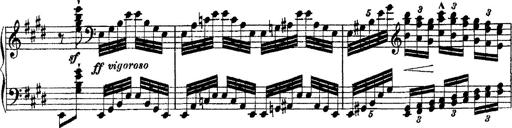
Title: Ã‰tudes d'exÃ©cution transcendante d'aprÃ¨s Paganini
Composer: Franz Liszt